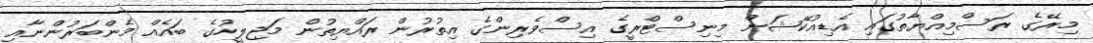
މިރޭގެ ރަސްމިއްޔާތުގައި އެޑިއުކޭޝަން މިނިސްޓްރީގެ އިސްވެރިންގެ އިތުރުން ރައްޔިތުން މަޖިލީހުގެ ބައެއް މެންބަރުންނާއި